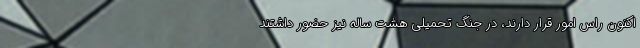
اکنون راس امور قرار دارند، در جنگ تحمیلی هشت ساله نیز حضور داشتند